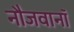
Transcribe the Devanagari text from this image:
नौजवानॉ